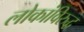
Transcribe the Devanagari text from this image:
लोकांविरुद्ध